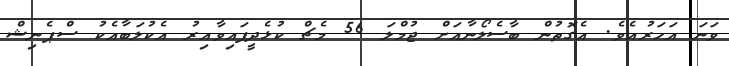
ވަނަ އަހަރުއެވެ. އެގޮތުން ބާސެލޯނާއަށް ޖުމްލަ 56 މެޗް ކުޅެދީފައިވާއިރު އެކުލަބާއެކު ސްޕެނިޝް